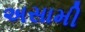
અસામી